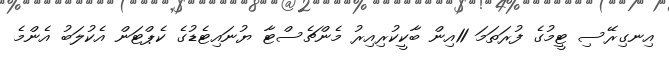
އިނގިރޭސި ޓީމުގެ ފުރަތަމަ 11އިން ބާކީކުރިއިރު މެންޗެސްޓާ ޔުނައިޓެޑުގެ ކެޕްޓަން އެކުލަބު އެންމެ